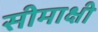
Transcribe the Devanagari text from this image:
सीमाक्षी